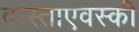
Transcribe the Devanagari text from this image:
दास्ताएवस्की